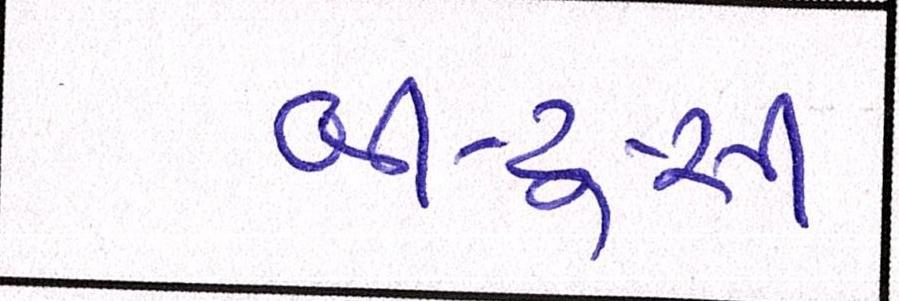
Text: બી-ટુ-સી